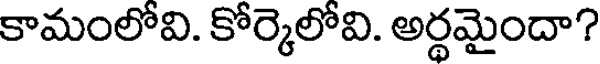
కామంలోవి. కోర్కెలోవి. అర్థమైందా?